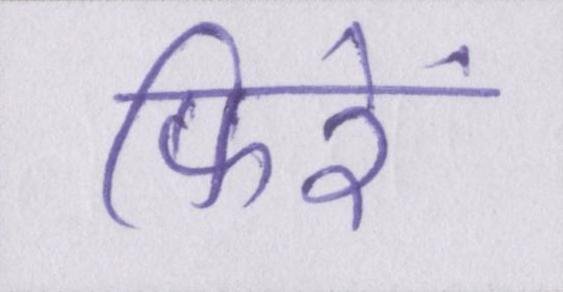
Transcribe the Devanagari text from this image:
फिरें